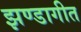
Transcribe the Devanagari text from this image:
झण्डागीत